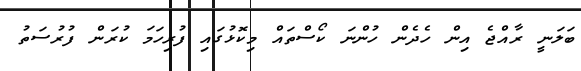
ބަލަނީ ރާއްޖެ އިން ހެދެން ހުންނަ ކޯސްތައް މިކޮޅުގައި ފުރިހަމަ ކުރަން ފުރުސަތު